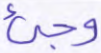
وجيء